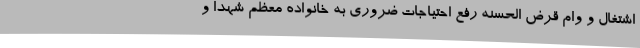
اشتغال و وام قرض الحسنه رفع احتیاجات ضروری به خانواده معظم شهدا و